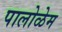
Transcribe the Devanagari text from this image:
पालोळेम